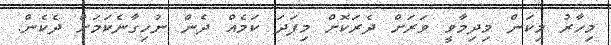
މިހާރު މިކަން މިދިމާވީ ވަރަށް ދެރަކޮށް މިފަދަ ކަމެއް ދެން ނުހިގާނެކަމަށް ދެކެން.